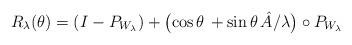
LaTeX: \begin{align*} R_\lambda (\theta) = (I - P_{W_\lambda}) + \bigl(\cos \theta \, + \sin \theta \,\Hat{A}/\lambda\bigr) \circ P_{W_\lambda}\end{align*}